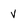
Character: v